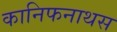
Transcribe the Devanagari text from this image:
कानिफनाथस